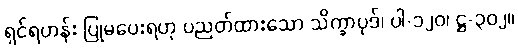
ရှင်ရဟန်း ပြုမပေးရဟု ပညတ်ထားသော သိက္ခာပုဒ်၊ ပါ-၁၂၀၊ ဋ္ဌ-၃၀၂။